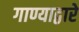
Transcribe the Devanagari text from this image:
गाण्याद्वारे